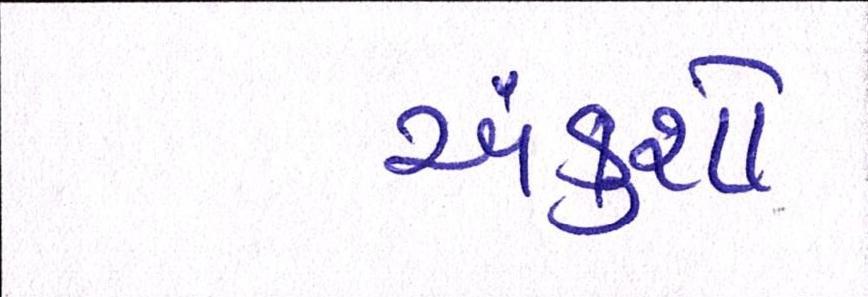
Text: અંકુશો